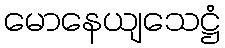
မောနေယျသေဋ္ဌံ